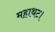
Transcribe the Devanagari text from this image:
महाथट।